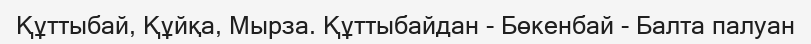
Құттыбай, Құйқа, Мырза. Құттыбайдан - Бөкенбай - Балта палуан